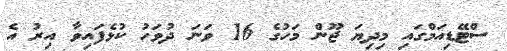
ސްޓޭޑިއަމްގައި މިދިޔަ ޖޫން މަހުގެ 16 ވަނަ ދުވަހު ކުޅެފައިވާ އިރު އެ